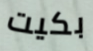
بكيت